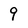
Character: 9